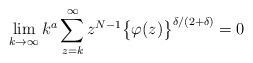
\begin{align*}\lim_{k\rightarrow\infty}k^{a}\sum_{z=k}^{\infty}z^{N-1}\bigl\{\varphi(z)\bigr\}^{\delta/(2+\delta)}=0\end{align*}